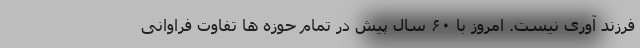
فرزند آوری نیست. امروز با ۶۰ سال پیش در تمام حوزه ها تفاوت فراوانی